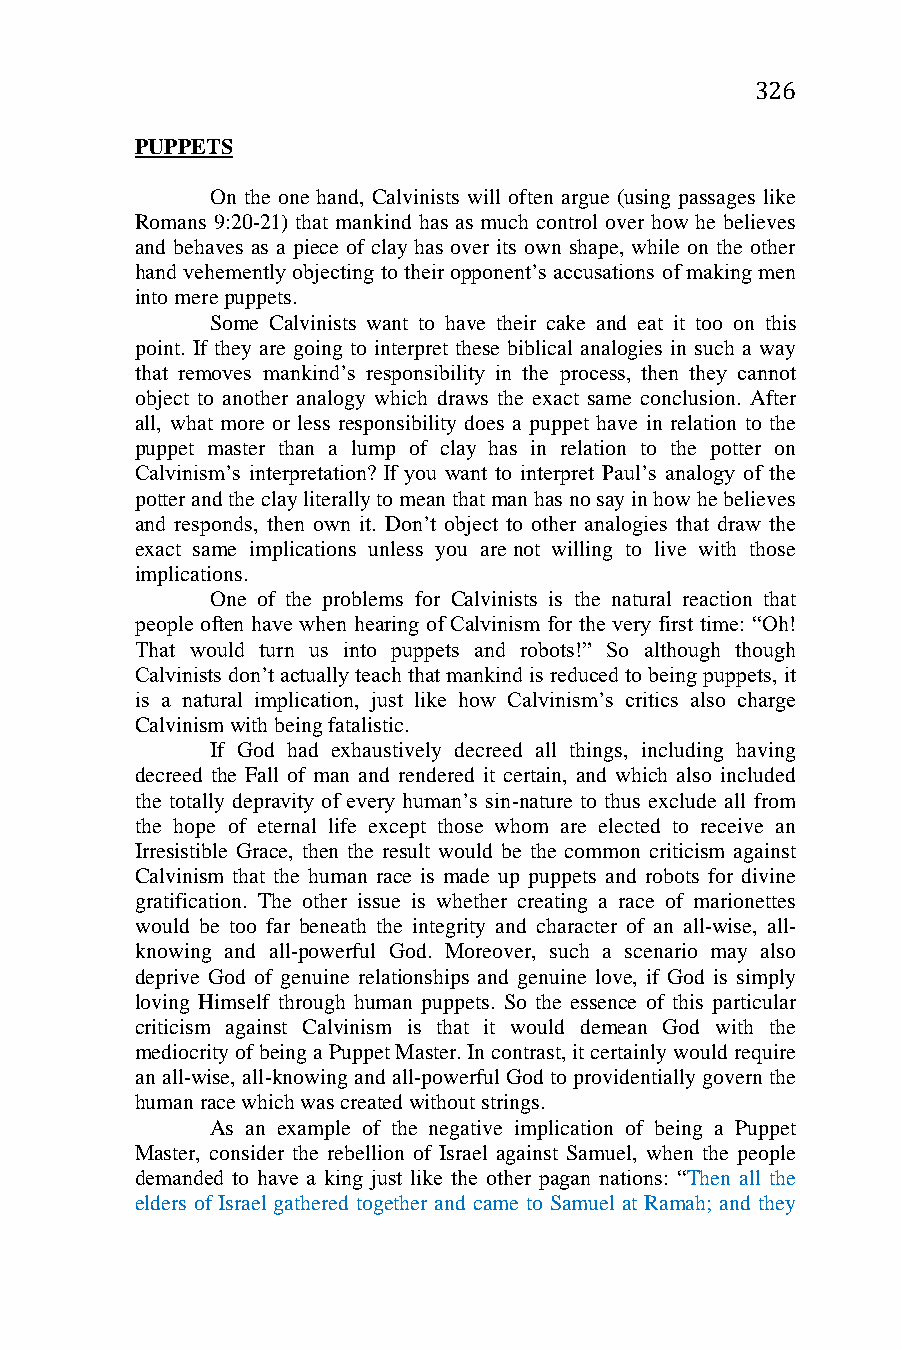
326
 PUPPETS
 On the one hand, Calvinists will often argue (using passages like
 Romans 9:20-21) that mankind has as much control over how he believes
 and behaves as a piece of clay has over its own shape, while on the other
 hand vehemently objecting to their opponent’s accusations of making men
 into mere puppets.
 Some Calvinists want to have their cake and eat it too on this
 point. If they are going to interpret these biblical analogies in such a way
 that removes mankind’s responsibility in the process, then they cannot
 object to another analogy which draws the exact same conclusion. After
 all, what more or less responsibility does a puppet have in relation to the
 puppet master than a lump of clay has in relation to the potter on
 Calvinism’s interpretation? If you want to interpret Paul’s analogy of the
 potter and the clay literally to mean that man has no say in how he believes
 and responds, then own it. Don’t object to other analogies that draw the
 exact same implications unless you are not willing to live with those
 implications.
 One of the problems for Calvinists is the natural reaction that
 people often have when hearing of Calvinism for the very first time: “Oh!
 That would turn us into puppets and robots!” So although though
 Calvinists don’t actually teach that mankind is reduced to being puppets, it
 is a natural implication, just like how Calvinism’s critics also charge
 Calvinism with being fatalistic.
 If God had exhaustively decreed all things, including having
 decreed the Fall of man and rendered it certain, and which also included
 the totally depravity of every human’s sin-nature to thus exclude all from
 the hope of eternal life except those whom are elected to receive an
 Irresistible Grace, then the result would be the common criticism against
 Calvinism that the human race is made up puppets and robots for divine
 gratification. The other issue is whether creating a race of marionettes
 would be too far beneath the integrity and character of an all-wise, all-
 knowing and all-powerful God. Moreover, such a scenario may also
 deprive God of genuine relationships and genuine love, if God is simply
 loving Himself through human puppets. So the essence of this particular
 criticism against Calvinism is that it would demean God with the
 mediocrity of being a Puppet Master. In contrast, it certainly would require
 an all-wise, all-knowing and all-powerful God to providentially govern the
 human race which was created without strings.
 As an example of the negative implication of being a Puppet
 Master, consider the rebellion of Israel against Samuel, when the people
 demanded to have a king just like the other pagan nations: “Then all the
 elders of Israel gathered together and came to Samuel at Ramah; and they